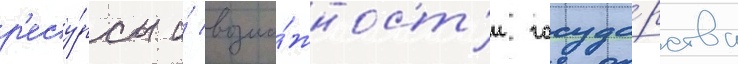
р'есу́рсы и́ возмо́жност'и госуда́рства